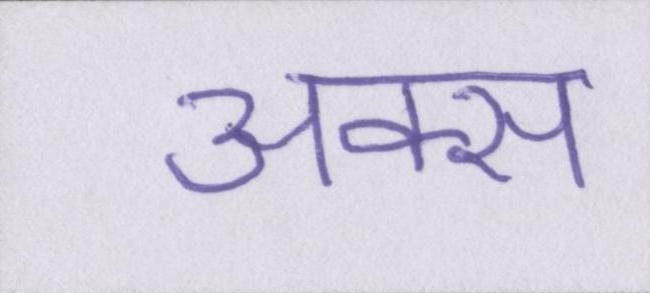
अक्स